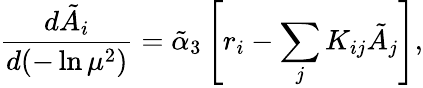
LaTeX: {\frac{d\tilde{A}_{i}}{d(-\ln\mu^{2})}}=\tilde{\alpha}_{3}\left[r_{i}-\sum_{j}K_{ij}\tilde{A}_{j}\right],